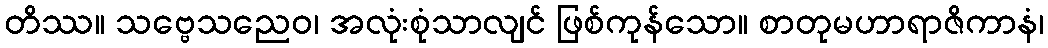
တိဿ။ သဗ္ဗေသညေဝ၊ အလုံးစုံသာလျင် ဖြစ်ကုန်သော။ စာတုမဟာရာဇိကာနံ၊